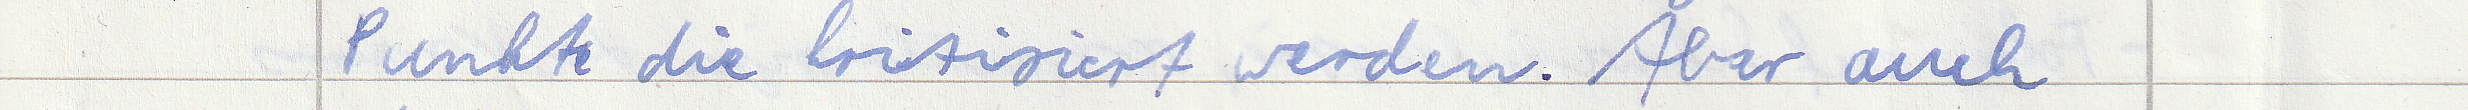
Punkte die kritisiert werden. Aber auch